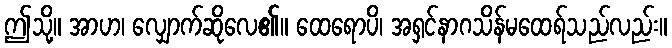
ဤသို့။ အာဟ၊ လျှောက်ဆိုလေ၏။ ထေရောပိ၊ အရှင်နာဂသိန်မထေရ်သည်လည်း။